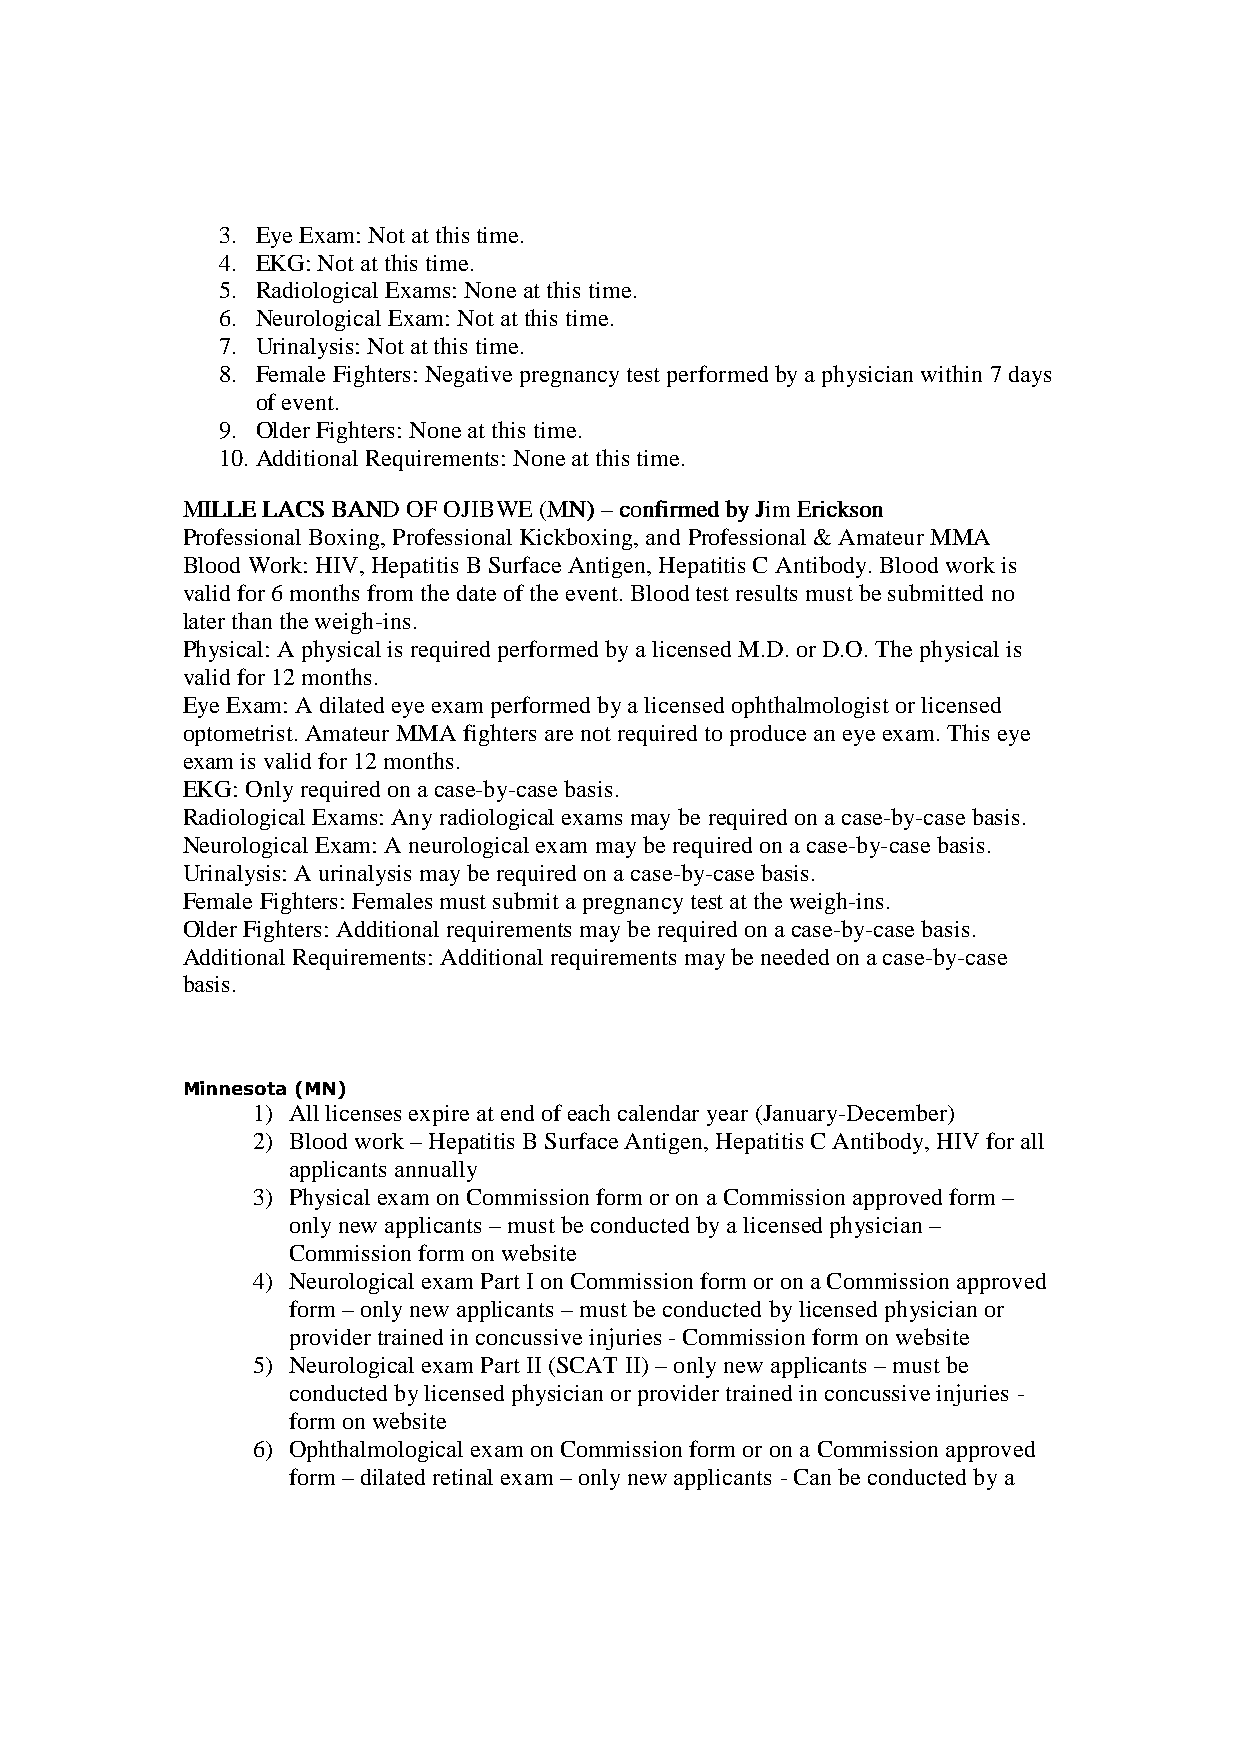
3. Eye Exam: Not at this time.
 4. EKG: Not at this time.
 5. Radiological Exams: None at this time.
 6. Neurological Exam: Not at this time.
 7. Urinalysis: Not at this time.
 8. Female Fighters: Negative pregnancy test performed by a physician within 7 days
 of event.
 9. Older Fighters: None at this time.
 10. Additional Requirements: None at this time.
 MMMMIIIILLLLLLLLEEEE LLLLAAAACCCCSSSS BBBBAAAANNNNDDDD OOOOFFFF OOOOJJJJIIIIBBBBWWWWEEEE ((((MMMMNNNN)))) –––– ccccoooonnnnffffiiiirrrrmmmmeeeedddd bbbbyyyy JJJJiiiimmmm EEEErrrriiiicccckkkkssssoooonnnn
 Professional Boxing, Professional Kickboxing, and Professional & Amateur MMA
 Blood Work: HIV, Hepatitis B Surface Antigen, Hepatitis C Antibody. Blood work is
 valid for 6 months from the date of the event. Blood test results must be submitted no
 later than the weigh-ins.
 Physical: A physical is required performed by a licensed M.D. or D.O. The physical is
 valid for 12 months.
 Eye Exam: A dilated eye exam performed by a licensed ophthalmologist or licensed
 optometrist. Amateur MMA fighters are not required to produce an eye exam. This eye
 exam is valid for 12 months.
 EKG: Only required on a case-by-case basis.
 Radiological Exams: Any radiological exams may be required on a case-by-case basis.
 Neurological Exam: A neurological exam may be required on a case-by-case basis.
 Urinalysis: A urinalysis may be required on a case-by-case basis.
 Female Fighters: Females must submit a pregnancy test at the weigh-ins.
 Older Fighters: Additional requirements may be required on a case-by-case basis.
 Additional Requirements: Additional requirements may be needed on a case-by-case
 basis.
 Minnesota (MN)
 1) All licenses expire at end of each calendar year (January-December)
 2) Blood work – Hepatitis B Surface Antigen, Hepatitis C Antibody, HIV for all
 applicants annually
 3) Physical exam on Commission form or on a Commission approved form –
 only new applicants – must be conducted by a licensed physician –
 Commission form on website
 4) Neurological exam Part I on Commission form or on a Commission approved
 form – only new applicants – must be conducted by licensed physician or
 provider trained in concussive injuries - Commission form on website
 5) Neurological exam Part II (SCAT II) – only new applicants – must be
 conducted by licensed physician or provider trained in concussive injuries -
 form on website
 6) Ophthalmological exam on Commission form or on a Commission approved
 form – dilated retinal exam – only new applicants - Can be conducted by a